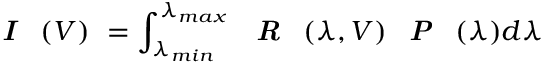
\textbf { \textit { I } } ( V ) \ = \int _ { \lambda _ { m i n } } ^ { \lambda _ { m a x } } \textbf { \textit { R } } ( \lambda , V ) \textbf { \textit { P } } ( \lambda ) d \lambda